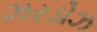
ઝરડોઝ